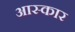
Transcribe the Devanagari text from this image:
आस्कार